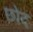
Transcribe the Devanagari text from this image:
छोद